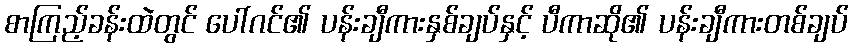
စာကြည့်ခန်းထဲတွင် ပေါ်ဂင်၏ ပန်းချီကားနှစ်ချပ်နှင့် ပီကာဆို၏ ပန်းချီကားတစ်ချပ်